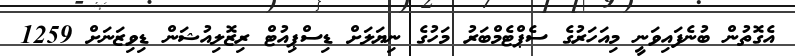
އެގޮތުން ބުނެފައިވަނީ މިއަހަރުގެ ސެޕްޓެމްބަރު މަހުގެ ނިޔަލަށް ޑިސްޕިއުޓް ރިޒޮލިއުޝަން ޑިވިޒަނަށް 1259